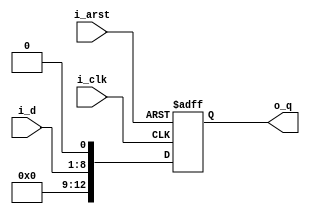
module multi_p2_ext5
#(
	parameter	D_WIDTH	= 8
)
(
	input	i_arst,
	input	i_clk,
	
	input	[D_WIDTH-1:0]i_d,
	output	[D_WIDTH+5-1:0]o_q
);

reg		[D_WIDTH+5-1:0]r_q_1P;

wire	[D_WIDTH+5-1:0]w_d_0P;

assign	w_d_0P	= {4'b0, i_d, 1'b0};

always@(posedge i_arst or posedge i_clk)
begin
	if (i_arst)
		r_q_1P	<= {D_WIDTH+5{1'b0}};
	else
		r_q_1P	<= w_d_0P;
end

assign	o_q	= r_q_1P;

endmodule